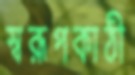
স্বরূপকাঠী